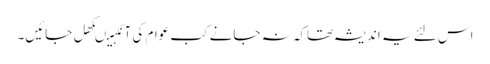
اس لئے یہ اندیشہ تھاکہ نہ جانے کب عوام کی آنکہیںکھل جائیں۔